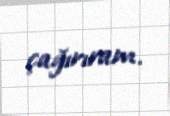
çağırıram.